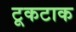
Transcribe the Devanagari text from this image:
टूकटाक